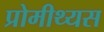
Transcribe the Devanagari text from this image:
प्रोमीथ्यस